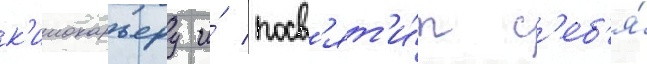
к'инокарьеру и́ посв'ят'и́т с'еб'я́